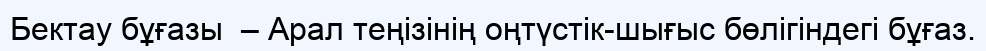
Бектау бұғазы  – Арал теңізінің оңтүстік-шығыс бөлігіндегі бұғаз.